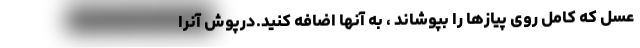
عسل که کامل روی پیازها را بپوشاند ، به آنها اضافه کنید.درپوش آنرا